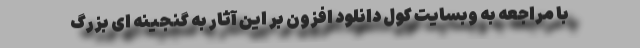
با مراجعه به وبسایت کول دانلود افزون بر این آثار به گنجینه ای بزرگ